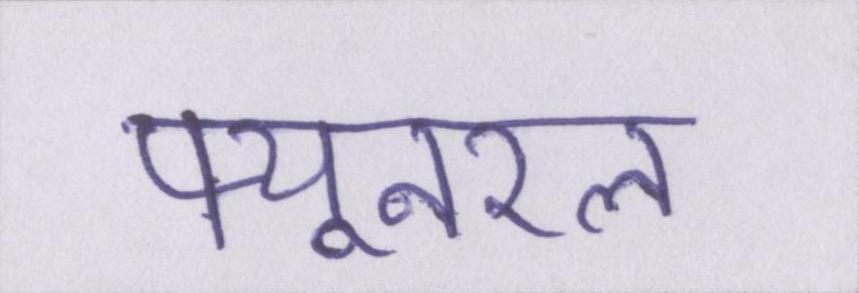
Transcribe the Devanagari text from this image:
फ्यूनरल